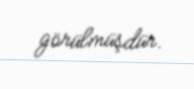
görülmüşdür.